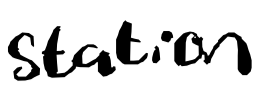
Text: station
Cross-out: clean
Writing tool: digital_black